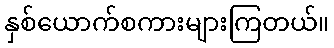
နှစ်ယောက်စကားများကြတယ်။